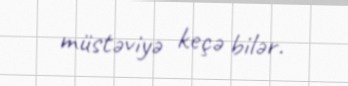
müstəviyə keçə bilər.